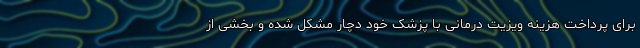
برای پرداخت هزینه ویزیت درمانی با پزشک خود دچار مشکل شده و بخشی از